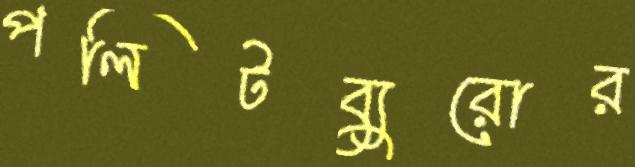
পলিটব্যুরোর